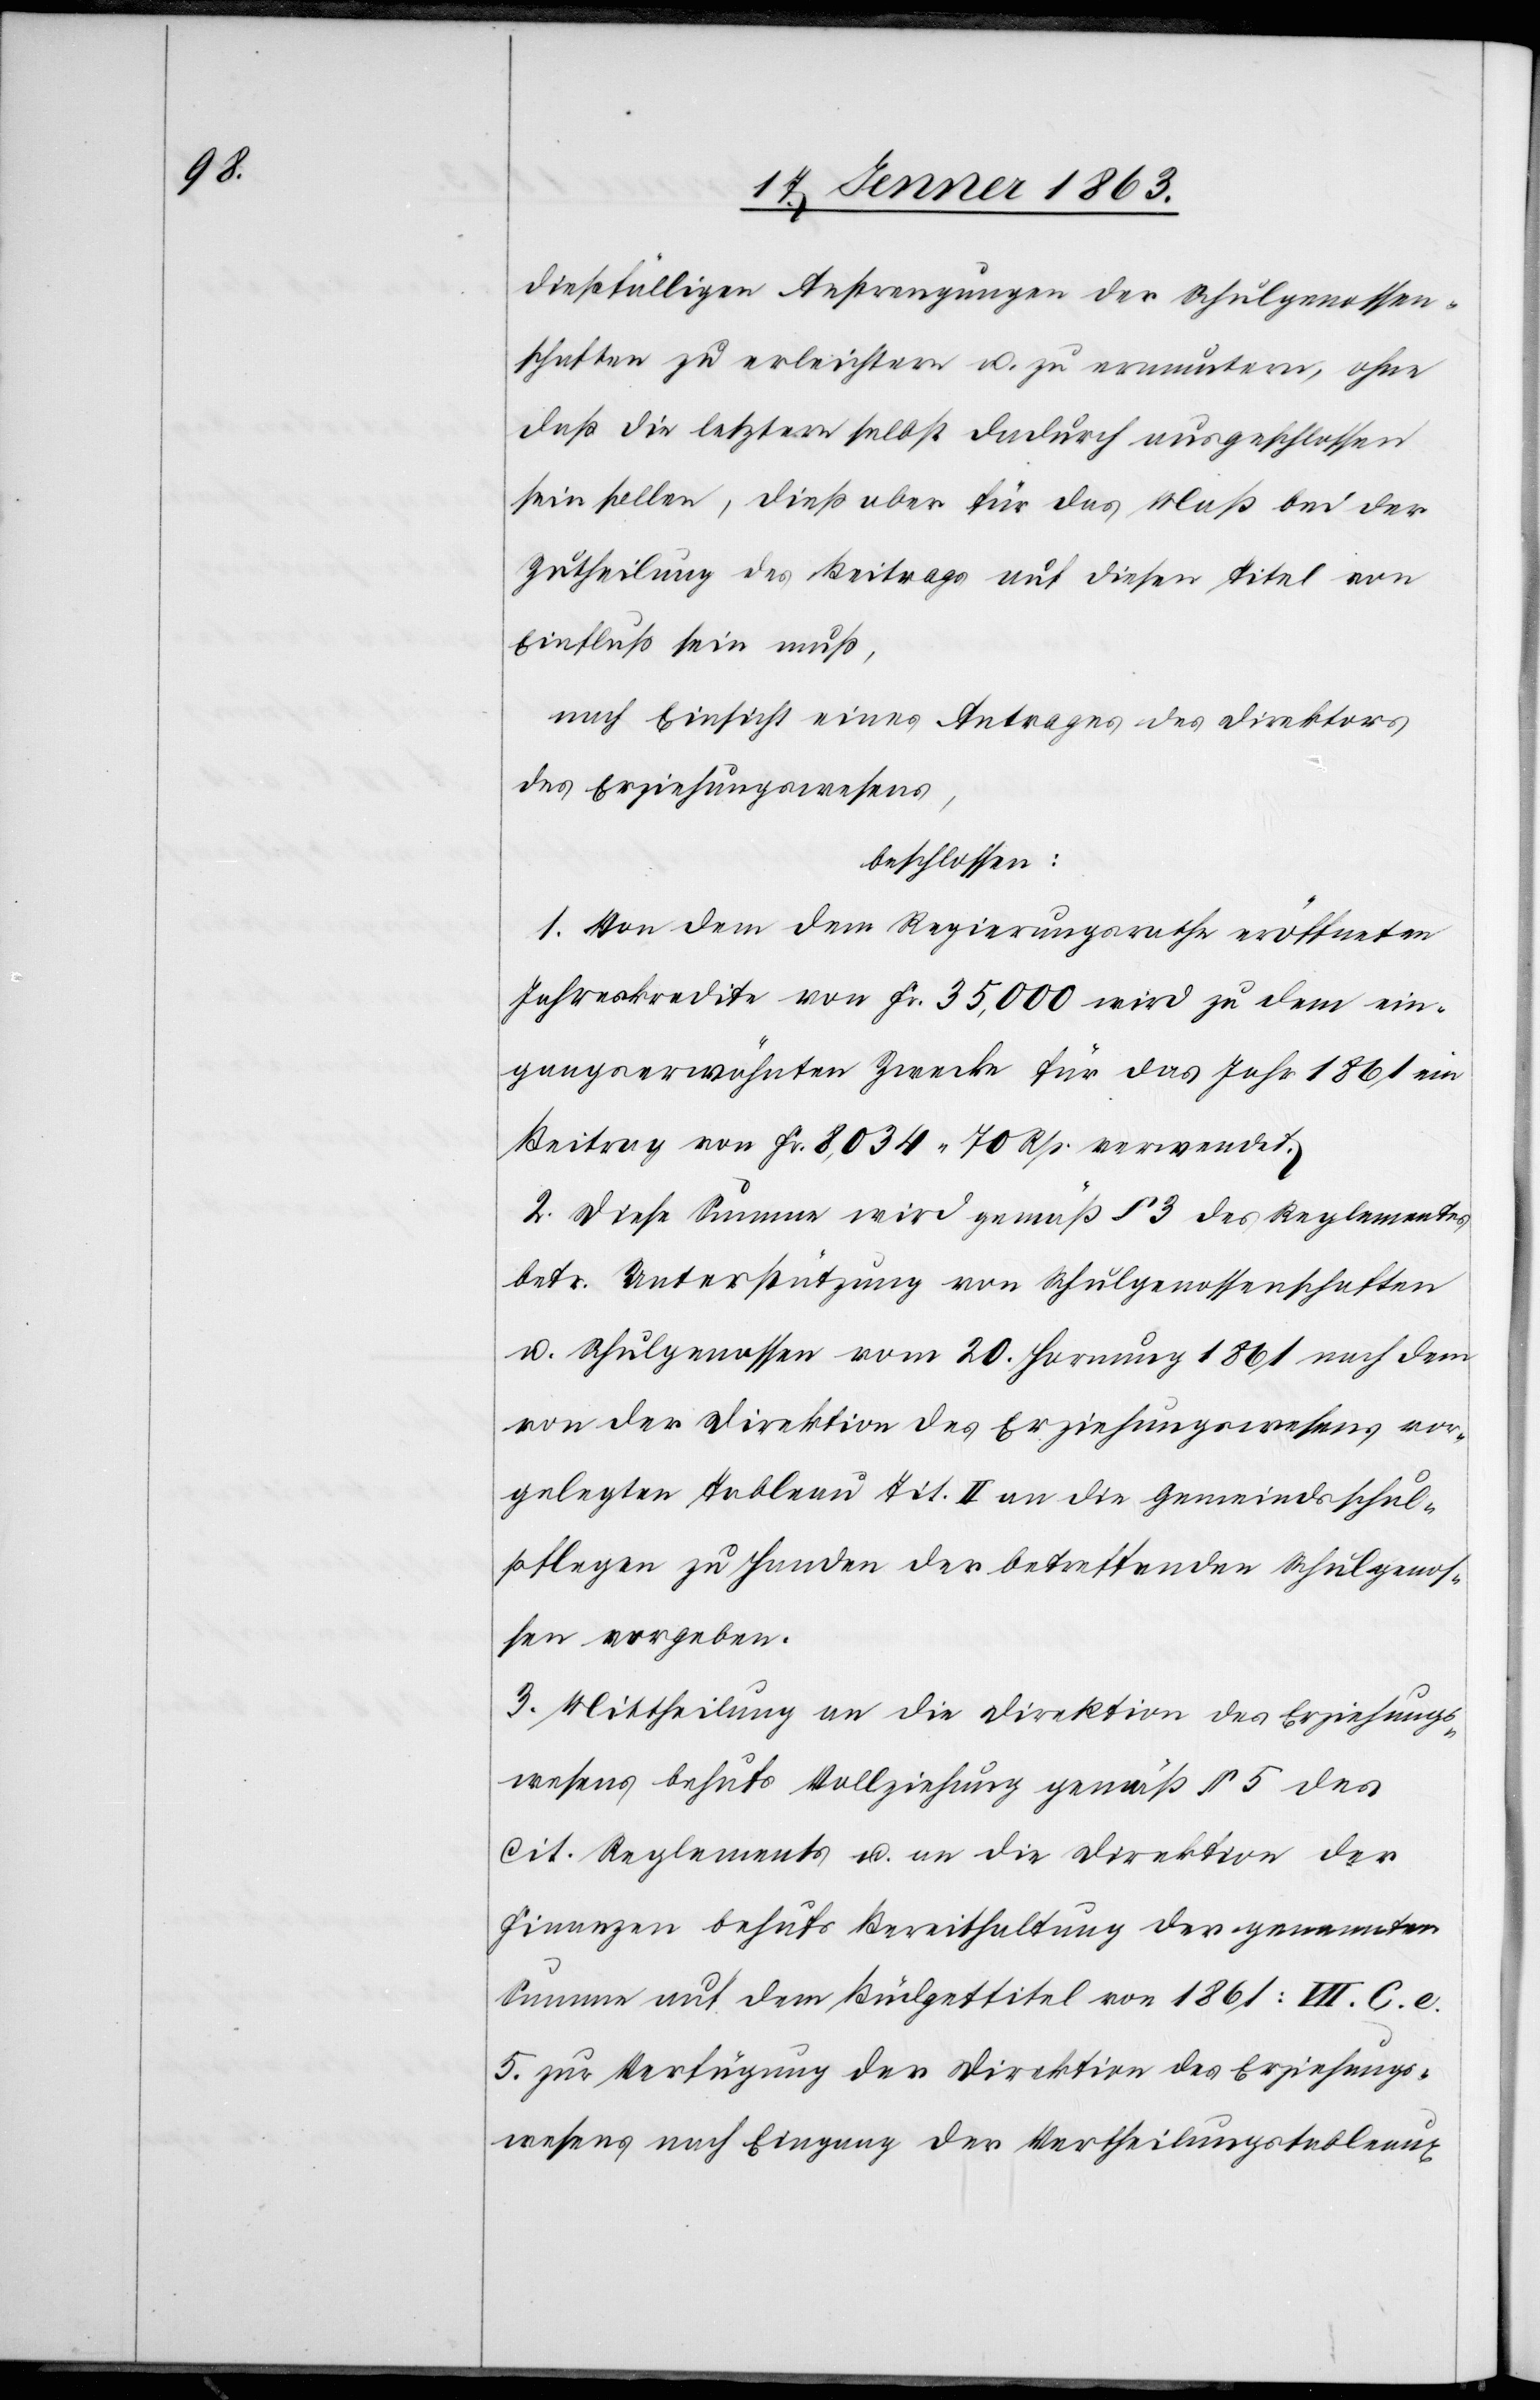
dießfälligen Anstrengungen der Schulgenossen¬
schaften zu erleichtern u. zu ermuntern, ohne
daß die letztern selbst dadurch ausgeschlossen
sein sollen, dieß aber für das Maß bei der
Zutheilung des Beitrags auf diesen Titel von
Einfluß sein muß,
nach Einsicht eines Antrages des Direktors
des Erziehungswesens,
beschlossen:
1. Von dem dem Regierungsrathe eröffneten
Jahreskredite von Fr. 35,000 wird zu dem ein¬
gangserwähnten Zwecke für das Jahr 1861 ein
Beitrag von Fr. 8,034. 70 Rp. verwendet.
2. Diese Summe wird gemäß § 3 des Reglementes
betr. Unterstützung von Schulgenossenschaften
u. Schulgenossen vom 20. Hornung 1861 nach dem
von der Direktion des Erziehungswesens vor¬
gelegten Tableau Tit. II an die Gemeindsschul¬
pflegen zu Handen der betreffenden Schulgenos¬
sen vergeben.
3. Mittheilung an die Direktion des Erziehungs¬
wesens behufs Vollziehung gemäß § 5 des
cit. Reglements u. an die Direktion der
Finanzen behufs Bereithaltung der genannten
Summe auf dem Büdgettitel von 1861: VII. C. e.
5. zur Verfügung der Direktion des Erziehungs¬
wesens nach Eingang der Vertheilungstableaux